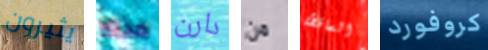
يثيرون هذه دارن من الساقطة كروفورد